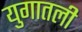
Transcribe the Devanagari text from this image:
युगातली